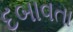
દબાવતા